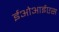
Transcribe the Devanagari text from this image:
ईओआईएस